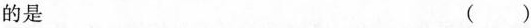
的是 ( )